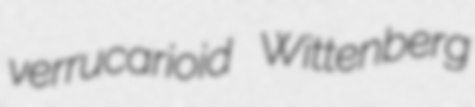
verrucarioid Wittenberg